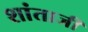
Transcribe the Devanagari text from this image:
शांताजी